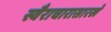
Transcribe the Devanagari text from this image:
स्वैराचारासारखे